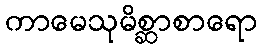
ကာမေသုမိစ္ဆာစာရော